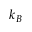
k _ { B }